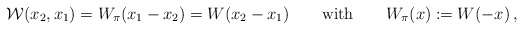
\begin{align*}{\cal W}(x_2, x_1) = W_\pi(x_1-x_2) = W(x_2-x_1) \qquad \mbox{with}\qquad W_\pi(x) := W(-x)\,,\end{align*}